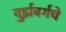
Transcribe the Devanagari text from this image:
वुर्झबर्गचे